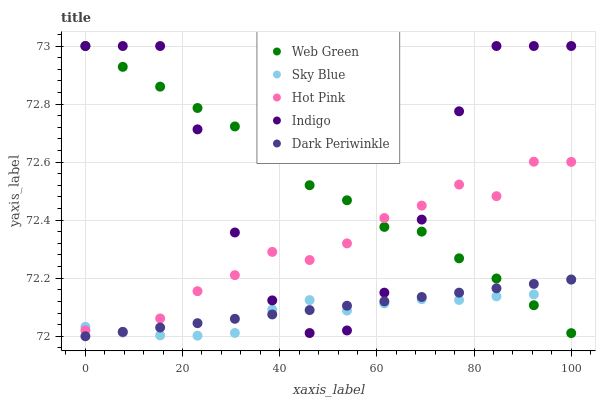
| xaxis_label | Web Green | Sky Blue | Hot Pink | Indigo | Dark Periwinkle |
 | --- | --- | --- | --- | --- | --- |
 | 0 | 73 | 72 | 72 | 73 | 72 |
 | 7.69 | 72.9 | 72 | 72 | 73 | 72 |
 | 15.4 | 72.9 | 72 | 72.1 | 73 | 72 |
 | 23.1 | 72.8 | 72 | 72.2 | 72.7 | 72 |
 | 30.8 | 72.7 | 72 | 72.2 | 72.4 | 72.1 |
 | 38.5 | 72.6 | 72.1 | 72.3 | 72.1 | 72.1 |
 | 46.2 | 72.5 | 72.1 | 72.3 | 72 | 72.1 |
 | 53.8 | 72.5 | 72.1 | 72.3 | 72 | 72.1 |
 | 61.5 | 72.4 | 72.1 | 72.4 | 72.2 | 72.1 |
 | 69.2 | 72.4 | 72.1 | 72.5 | 72.4 | 72.1 |
 | 76.9 | 72.3 | 72.1 | 72.5 | 72.8 | 72.2 |
 | 84.6 | 72.2 | 72.1 | 72.5 | 73 | 72.2 |
 | 92.3 | 72.1 | 72.1 | 72.6 | 73 | 72.2 |
 | 100 | 72 | 72.2 | 72.6 | 73 | 72.2 |